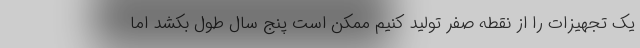
یک تجهیزات را از نقطه صفر تولید کنیم ممکن است پنج سال طول بکشد اما